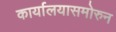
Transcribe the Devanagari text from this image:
कार्यालयासमोरुन